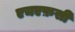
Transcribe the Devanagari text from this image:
एचएफ़सी